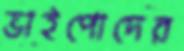
ভাইপোদের